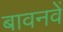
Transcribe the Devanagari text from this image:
बावनवें